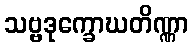
သဗ္ဗဒုက္ခောဃတိဏ္ဏာ